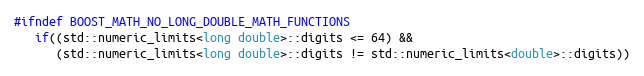
Language: C++
#ifndef BOOST_MATH_NO_LONG_DOUBLE_MATH_FUNCTIONS
   if((std::numeric_limits<long double>::digits <= 64) &&
      (std::numeric_limits<long double>::digits != std::numeric_limits<double>::digits))